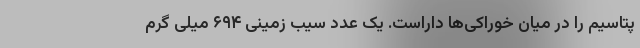
پتاسیم را در میان خوراکی‌ها داراست. یک عدد سیب زمینی ۶۹۴ میلی گرم